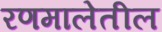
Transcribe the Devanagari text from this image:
रणमालेतील